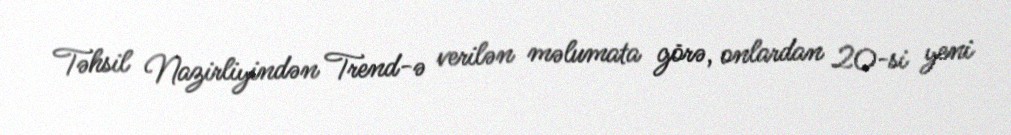
Təhsil Nazirliyindən Trend-ə verilən məlumata görə, onlardan 20-si yeni